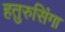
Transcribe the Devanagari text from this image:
हतुरुसिंगा